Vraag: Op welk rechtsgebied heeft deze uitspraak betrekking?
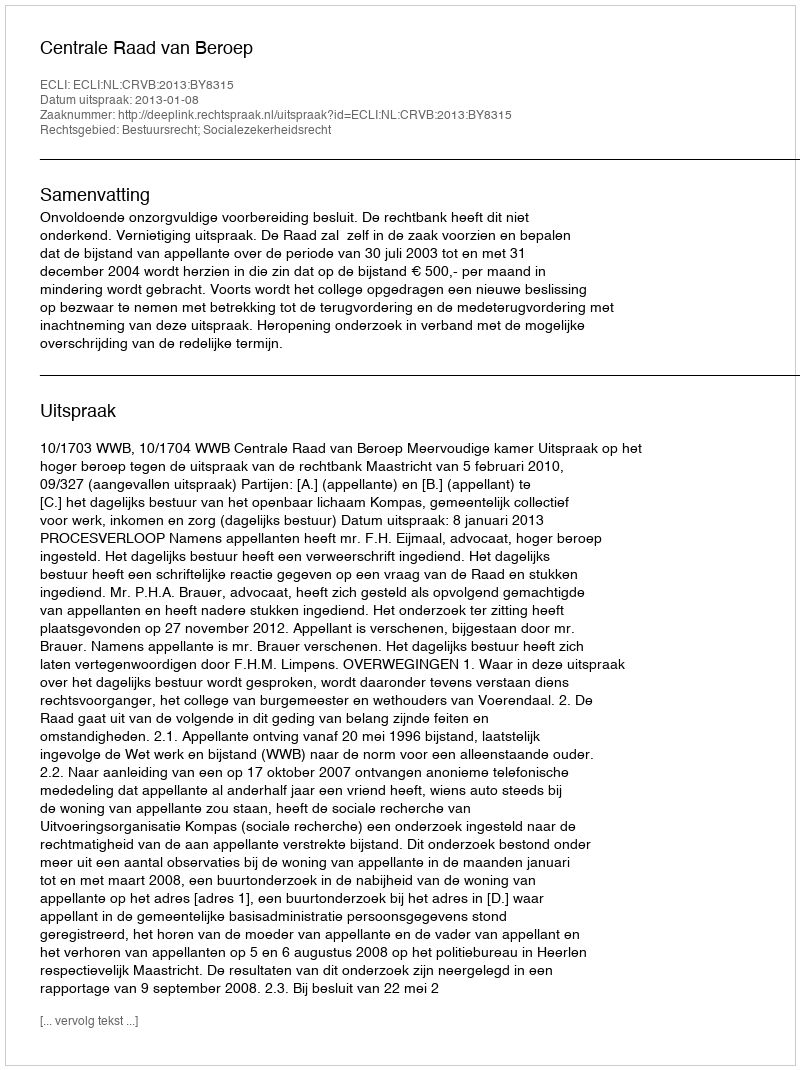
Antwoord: Bestuursrecht; Socialezekerheidsrecht